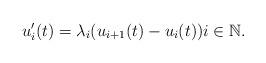
\begin{align*}u_i'(t)=\lambda_i(u_{i+1}(t)-u_i(t))i\in\mathbb{N}.\end{align*}